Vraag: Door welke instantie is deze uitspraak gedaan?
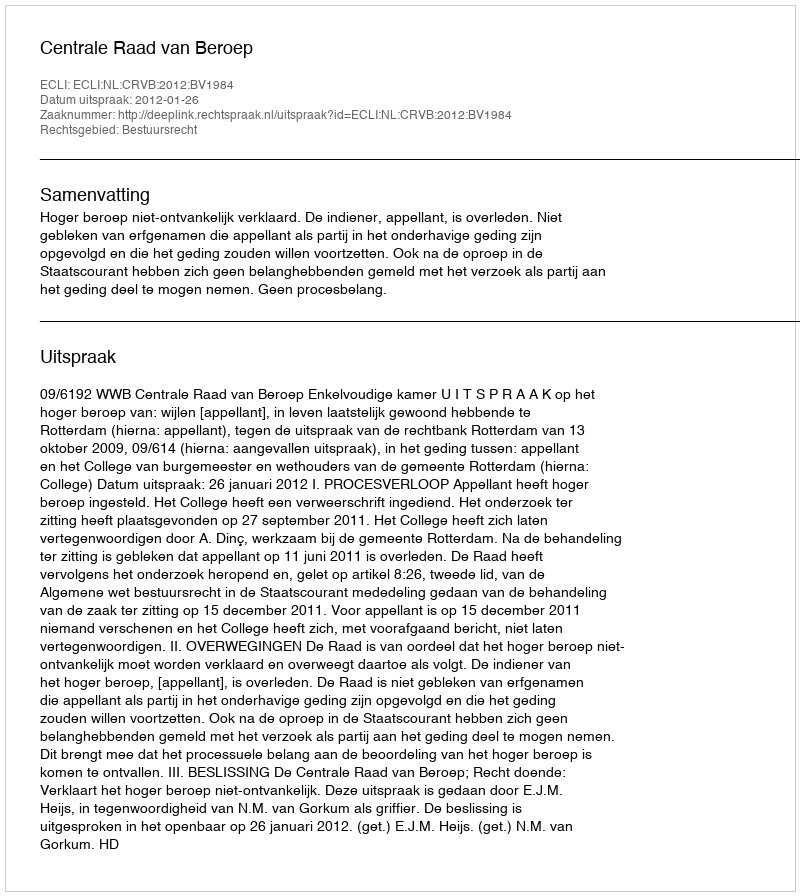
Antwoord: Centrale Raad van Beroep